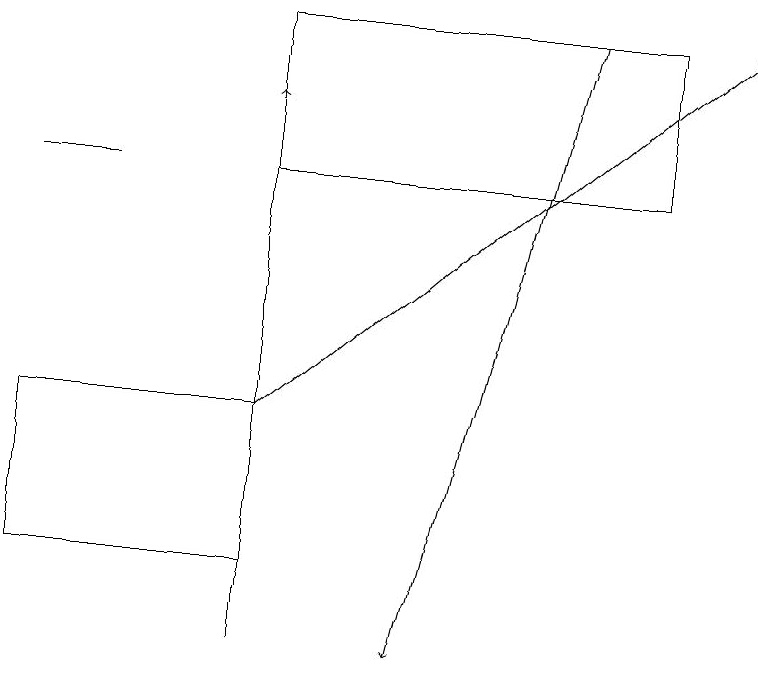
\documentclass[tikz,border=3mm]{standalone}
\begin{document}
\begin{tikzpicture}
\draw[->] (3,10) -- (3,17);
\draw (8,16) rectangle (3,18);
\draw (0,13) rectangle (3,11);
\draw[->] (7,18) -- (5,10);
\draw (0,16) rectangle (1,16);
\draw[->] (3,13) -- (9,18);
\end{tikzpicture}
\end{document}